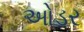
ઓડર